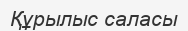
Құрылыс саласы